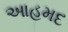
આહમદ